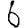
Digit: 6